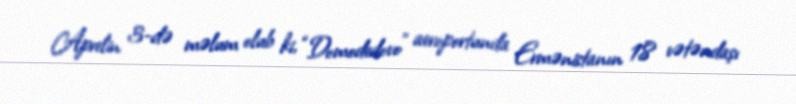
Aprelin 3-də məlum olub ki, “Domodedovo” aeroportunda Ermənistanın 18 vətəndaşı